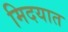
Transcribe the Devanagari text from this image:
मिदयात